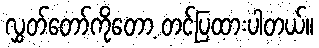
လွှတ်တော်ကိုတော့ တင်ပြထားပါတယ်။